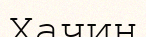
Хачин